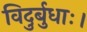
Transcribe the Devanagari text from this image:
विदुर्बुधाः।